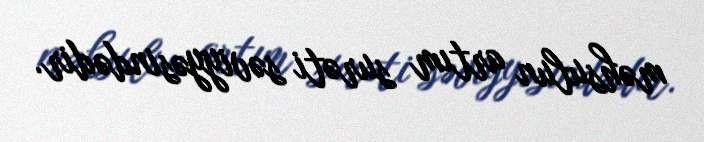
məhsulun artım surəti səviyyəsindədir.